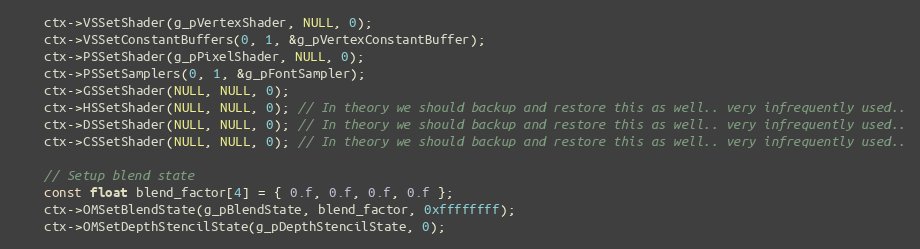
Language: C++
    ctx->VSSetShader(g_pVertexShader, NULL, 0);
    ctx->VSSetConstantBuffers(0, 1, &g_pVertexConstantBuffer);
    ctx->PSSetShader(g_pPixelShader, NULL, 0);
    ctx->PSSetSamplers(0, 1, &g_pFontSampler);
    ctx->GSSetShader(NULL, NULL, 0);
    ctx->HSSetShader(NULL, NULL, 0); // In theory we should backup and restore this as well.. very infrequently used..
    ctx->DSSetShader(NULL, NULL, 0); // In theory we should backup and restore this as well.. very infrequently used..
    ctx->CSSetShader(NULL, NULL, 0); // In theory we should backup and restore this as well.. very infrequently used..

    // Setup blend state
    const float blend_factor[4] = { 0.f, 0.f, 0.f, 0.f };
    ctx->OMSetBlendState(g_pBlendState, blend_factor, 0xffffffff);
    ctx->OMSetDepthStencilState(g_pDepthStencilState, 0);